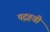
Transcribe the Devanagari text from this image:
पद्रहवीं